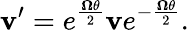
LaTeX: \mathbf{v}^{\prime}=e^{\frac{{\boldsymbol{\Omega}}\theta}{2}}\mathbf{v}e^{-{\frac{{\boldsymbol{\Omega}}\theta}{2}}}.